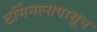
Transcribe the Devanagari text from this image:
टर्मिनल्सपासून